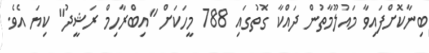
ބިނާކޮށްފައިވާ މައުލޫމާތުން ދައްކާ ގޮތުގައި 788 މީހަކަށް "އިބްރާހިމް ރަޝީދު" ކިޔަ އެވެ.